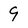
Character: 9